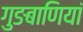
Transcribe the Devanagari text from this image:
गुङबाणियां